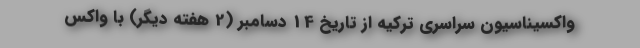
واکسیناسیون سراسری ترکیه از تاریخ 14 دسامبر (2 هفته دیگر) با واکس